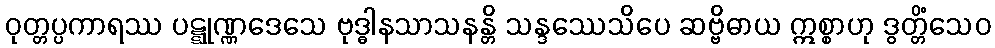
ဝုတ္တပ္ပကာရဿ ပဋ္ဋုဏ္ဏဒေသေ ဗုဒ္ဓါနသာသနန္တိ သန္ဒဿေသိပေ ဆဗ္ဗိဓာယ ဣစ္စာဟု ဒွတ္တိံသေဝ